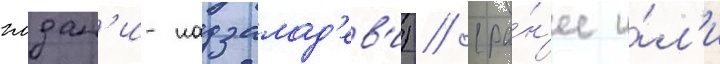
глдан'и-надзалад'ев'и) // (ра́н'ее и́л'и